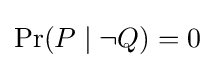
\Pr(P\mid \lnot Q)=0